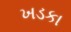
ખડકા